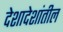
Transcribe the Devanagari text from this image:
देशादेशांतील